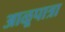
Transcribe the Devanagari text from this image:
आळूपात्रा